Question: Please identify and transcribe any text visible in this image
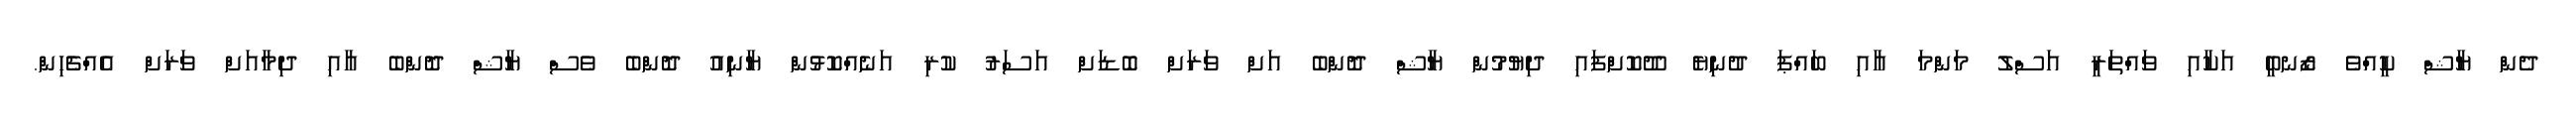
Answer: ދެން ޔާޝް ކީއްވެ ޒޯނބީ އަކާއި ވައްތަރީ އަސްލު މަންމަ އާއި ބައްޕަ ދުނިޔެ ދޫކޮށްފައި ދިޔުމުން ޔާޝް ދޮންބެ އަށް ވަރަށް ބޮޑަށް އަސަރު ކުރި އަނެއްކޮޅުން ޔާނިއު ދޮންބެ ވެސް ޔާޝް ދޮންބެ އާއި ދިމާއަށް ވަރަށް އެއްޗެހިން.